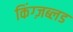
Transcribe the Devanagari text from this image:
किंग्ज़ब्लड